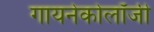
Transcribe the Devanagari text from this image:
गायनेकोलॉजी